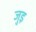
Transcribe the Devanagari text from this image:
जुइ